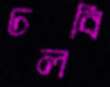
ঢলবি